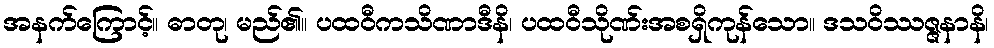
အနက်ကြောင့်။ ဓာတု၊ မည်၏။ ပထဝီကသိဏာဒီနိ၊ ပထဝီသိုဏ်းအစရှိကုန်သော။ ဒသဝိဿဇ္ဇနာနိ၊